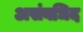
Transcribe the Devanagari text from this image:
असंबधिद